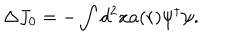
\Delta J _ { 0 } = - \int d ^ { 2 } x a ( r ) \psi ^ { \dagger } \psi .